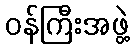
ဝန်ကြီးအဖွဲ့